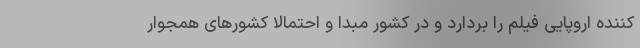
‌کننده اروپایی فیلم را بردارد و در کشور مبدا و احتمالا کشورهای همجوار